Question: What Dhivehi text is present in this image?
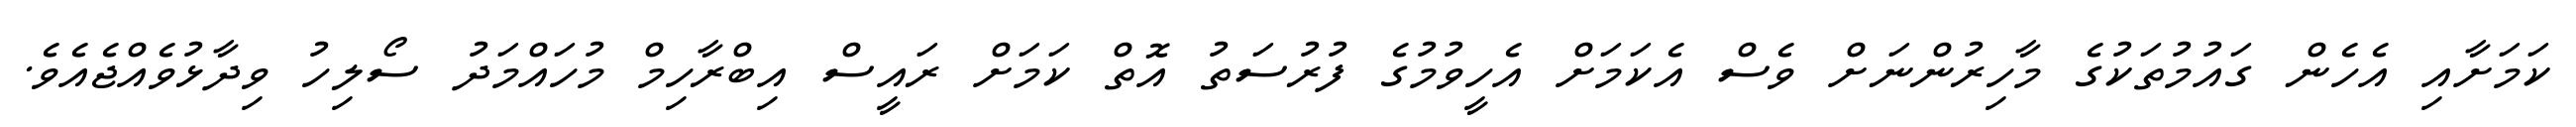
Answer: ކަމަށާއި އެހެން ގައުމުތަކުގެ މާހިރުންނަށް ވެސް އެކަމަށް އެހީވުމުގެ ފުރުސަތު އޮތް ކަމަށް ރައީސް އިބްރާހިމް މުހައްމަދު ސޯލިހު ވިދާޅުވެއްޖެއެވެ.